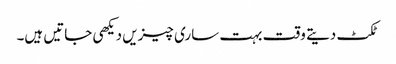
ٹکٹ دیتے وقت بہت ساری چیزیں دیکھی جاتیں ہیں۔